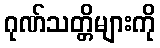
ဂုဏ်သတ္တိများကို